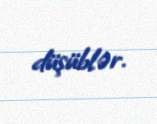
düşüblər.